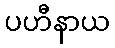
ပဟီနာယ